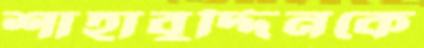
শাহাবুদ্দিনকে